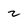
Character: z